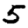
Digit: 5